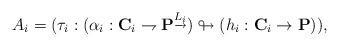
LaTeX: \begin{align*}A_i=(\tau_i:(\alpha_i:\mathbf{C}_i\rightharpoondown \mathbf{P}^{\underrightarrow{L_i}})\looparrowright (h_i:\mathbf{C}_i\rightarrow \mathbf{P})),\end{align*}